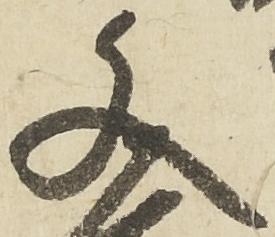
文